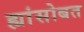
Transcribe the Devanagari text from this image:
ह्यांसोबत